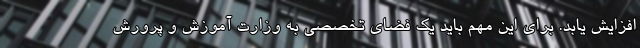
افزایش یابد. برای این مهم باید یک فضای تخصصی به وزارت آموزش و پرورش